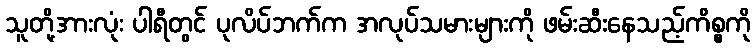
သူတို့အားလုံး ပါရီတွင် ပုလိပ်ဘက်က အလုပ်သမားများကို ဖမ်းဆီးနေသည့်ကိစ္စကို